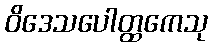
ဝိဒေသပေါတ္ထကေသု